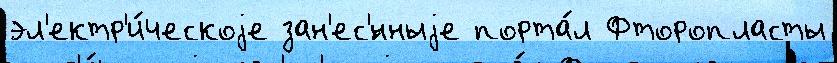
эл'ектр'и́ческоjе зан'ес'́нныjе порта́л Фторопласты